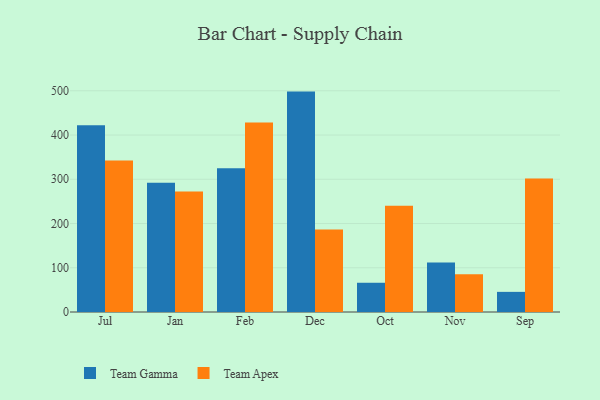
{"axis": {"x": "Month", "y": "Active Users"}, "legend": ["Team Apex", "Team Gamma"], "data": [{"x": "Jul", "y": 422.3, "type": "Team Gamma"}, {"x": "Jul", "y": 342.7, "type": "Team Apex"}, {"x": "Jan", "y": 292.4, "type": "Team Gamma"}, {"x": "Jan", "y": 272.4, "type": "Team Apex"}, {"x": "Feb", "y": 324.9, "type": "Team Gamma"}, {"x": "Feb", "y": 428.1, "type": "Team Apex"}, {"x": "Dec", "y": 498.2, "type": "Team Gamma"}, {"x": "Dec", "y": 186.5, "type": "Team Apex"}, {"x": "Oct", "y": 66.1, "type": "Team Gamma"}, {"x": "Oct", "y": 240.3, "type": "Team Apex"}, {"x": "Nov", "y": 111.8, "type": "Team Gamma"}, {"x": "Nov", "y": 85.5, "type": "Team Apex"}, {"x": "Sep", "y": 45.5, "type": "Team Gamma"}, {"x": "Sep", "y": 301.5, "type": "Team Apex"}]}